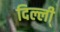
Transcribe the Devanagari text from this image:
दिल्ली्